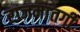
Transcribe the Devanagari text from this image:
राजमांतगी